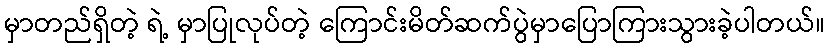
မှာတည်ရှိတဲ့ ရဲ့ မှာပြုလုပ်တဲ့ ကြောင်းမိတ်ဆက်ပွဲမှာပြောကြားသွားခဲ့ပါတယ်။